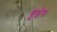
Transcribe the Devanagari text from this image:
यूईस